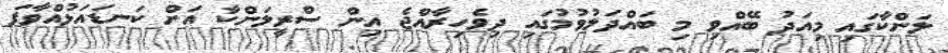
ލަންކާގައި މިއަދު ބޭއްވި މި ބައްދަލުވުމުގައި ދިވެހިރާއްޖެ އިން ސްރީލަންކާ އަށް ކަނޑައަޅުއްވާފަ